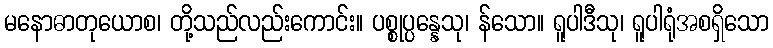
မနောဓာတုယောစ၊ တို့သည်လည်းကောင်း။ ပစ္စုပ္ပန္နေသု၊ န်သော။ ရူပါဒီသု၊ ရူပါရုံအစရှိသော